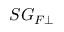
S G _ { F \perp }